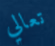
تعالي